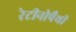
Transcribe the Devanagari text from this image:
रेटीनोपैथी